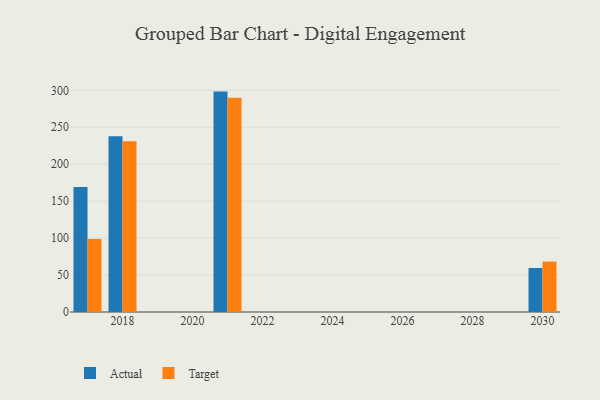
{"axis": {"x": "Year", "y": "Demand Index"}, "legend": ["Actual", "Target"], "data": [{"x": "2030", "y": 59.6, "type": "Actual"}, {"x": "2030", "y": 68.3, "type": "Target"}, {"x": "2021", "y": 298.3, "type": "Actual"}, {"x": "2021", "y": 289.9, "type": "Target"}, {"x": "2017", "y": 169.3, "type": "Actual"}, {"x": "2017", "y": 98.9, "type": "Target"}, {"x": "2018", "y": 237.7, "type": "Actual"}, {"x": "2018", "y": 231.2, "type": "Target"}]}